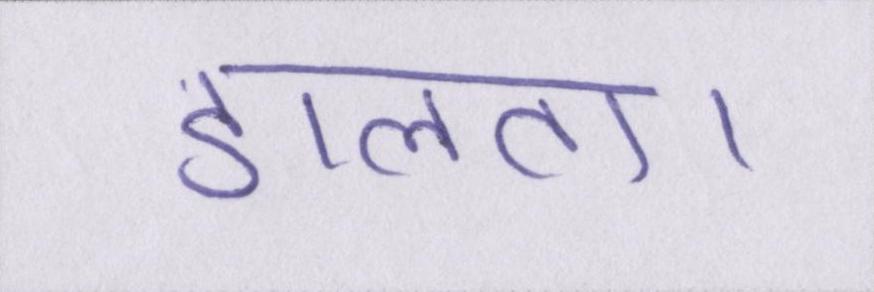
डालता।